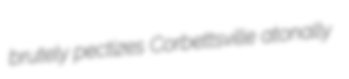
brutely pectizes Corbettsville atonally